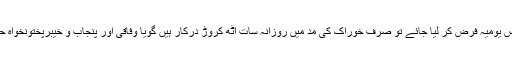
کوئی نہیں جانتا تاہم اگر خوراک کا خرچہ ڈیڑھ سو روپیہ فی کس یومیہ فرض کر لیا جائے تو صرف خوراک کی مد میں روزانہ سات آٹھ کروڑ درکار ہیں گویا وفاقی اور پنجاب و خیبرپختونخواہ حکومت کی اعلان کردہ رقم صرف دس پندرہ روز کا خرچہ ہے۔